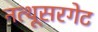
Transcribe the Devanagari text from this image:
नत्थूसरगेट